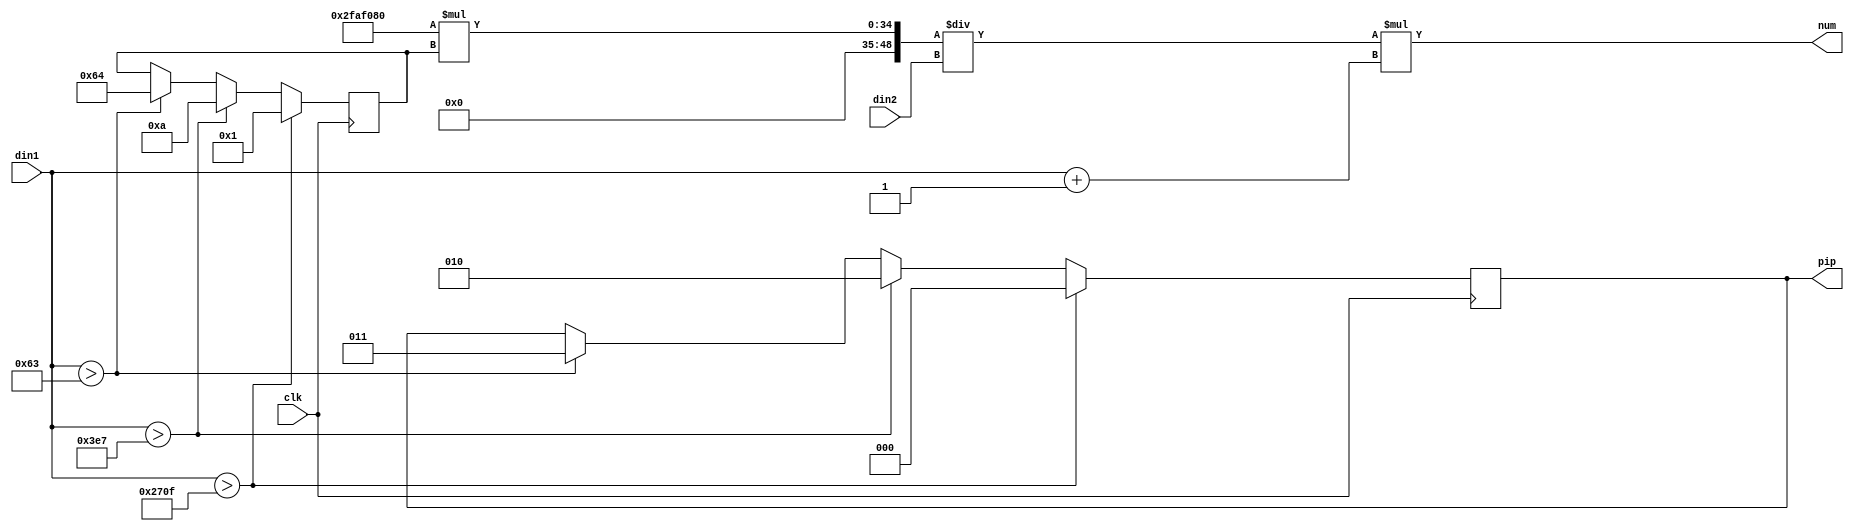
module cal(
input [26:0] din1,
input [26:0] din2,
input clk,
output wire [26:0] num,
output wire [2:0]  pip
);
reg  [8:0] num0;
reg  [2:0] pp;
wire [48:0] num1;

always @(posedge clk)
begin
if(din1>9999)
begin
num0<=1;pp<=3'b000;
end
else if(din1>999)
begin 
num0<=10;pp<=3'b010; 
end
else if(din1>99)
begin
num0<=100;pp<=3'b011;
end
end

assign num1=(50000000*num0)/din2;
assign num=num1*(din1+1);

assign pip=pp;
endmodule